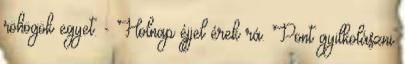
röhögök egyet. - Holnap éjjel érek rá. Pont gyilkolászni